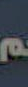
م